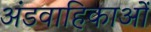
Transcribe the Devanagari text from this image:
अंडवाहिकाओं